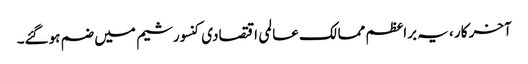
آخر کار ، یہ براعظم ممالک عالمی اقتصادی کنسورشیم میں ضم ہوگئے۔